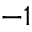
- 1